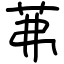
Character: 茀